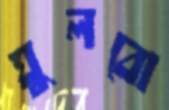
ঘুলবো